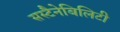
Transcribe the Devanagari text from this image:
सस्टैनेबिलिटी